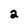
Character: 2